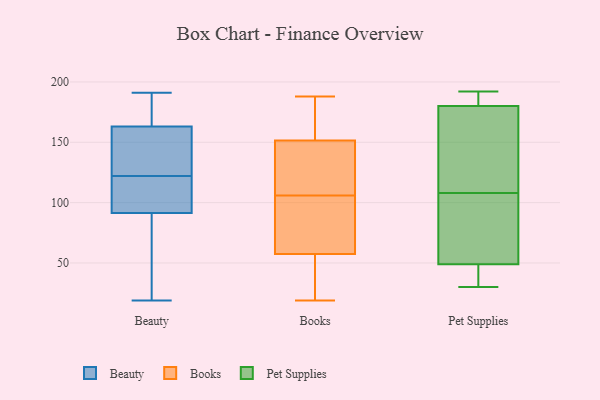
{"axis": {"x": "Waste Production (Tons)", "y": "Value"}, "legend": ["Beauty", "Books", "Pet Supplies"], "data": [{"x": "", "y": 119, "type": "Beauty"}, {"x": "", "y": 129, "type": "Beauty"}, {"x": "", "y": 191, "type": "Beauty"}, {"x": "", "y": 83, "type": "Beauty"}, {"x": "", "y": 157, "type": "Beauty"}, {"x": "", "y": 91, "type": "Beauty"}, {"x": "", "y": 19, "type": "Beauty"}, {"x": "", "y": 173, "type": "Beauty"}, {"x": "", "y": 119, "type": "Beauty"}, {"x": "", "y": 43, "type": "Beauty"}, {"x": "", "y": 55, "type": "Beauty"}, {"x": "", "y": 125, "type": "Beauty"}, {"x": "", "y": 109, "type": "Beauty"}, {"x": "", "y": 157, "type": "Beauty"}, {"x": "", "y": 92, "type": "Beauty"}, {"x": "", "y": 175, "type": "Beauty"}, {"x": "", "y": 140, "type": "Beauty"}, {"x": "", "y": 178, "type": "Beauty"}, {"x": "", "y": 169, "type": "Beauty"}, {"x": "", "y": 92, "type": "Beauty"}, {"x": "", "y": 101, "type": "Books"}, {"x": "", "y": 19, "type": "Books"}, {"x": "", "y": 162, "type": "Books"}, {"x": "", "y": 85, "type": "Books"}, {"x": "", "y": 188, "type": "Books"}, {"x": "", "y": 54, "type": "Books"}, {"x": "", "y": 19, "type": "Books"}, {"x": "", "y": 136, "type": "Books"}, {"x": "", "y": 68, "type": "Books"}, {"x": "", "y": 22, "type": "Books"}, {"x": "", "y": 117, "type": "Books"}, {"x": "", "y": 139, "type": "Books"}, {"x": "", "y": 93, "type": "Books"}, {"x": "", "y": 141, "type": "Books"}, {"x": "", "y": 111, "type": "Books"}, {"x": "", "y": 169, "type": "Books"}, {"x": "", "y": 188, "type": "Books"}, {"x": "", "y": 176, "type": "Books"}, {"x": "", "y": 61, "type": "Books"}, {"x": "", "y": 22, "type": "Books"}, {"x": "", "y": 30, "type": "Pet Supplies"}, {"x": "", "y": 49, "type": "Pet Supplies"}, {"x": "", "y": 91, "type": "Pet Supplies"}, {"x": "", "y": 79, "type": "Pet Supplies"}, {"x": "", "y": 133, "type": "Pet Supplies"}, {"x": "", "y": 94, "type": "Pet Supplies"}, {"x": "", "y": 182, "type": "Pet Supplies"}, {"x": "", "y": 180, "type": "Pet Supplies"}, {"x": "", "y": 128, "type": "Pet Supplies"}, {"x": "", "y": 192, "type": "Pet Supplies"}, {"x": "", "y": 183, "type": "Pet Supplies"}, {"x": "", "y": 35, "type": "Pet Supplies"}, {"x": "", "y": 192, "type": "Pet Supplies"}, {"x": "", "y": 119, "type": "Pet Supplies"}, {"x": "", "y": 34, "type": "Pet Supplies"}, {"x": "", "y": 135, "type": "Pet Supplies"}, {"x": "", "y": 97, "type": "Pet Supplies"}, {"x": "", "y": 40, "type": "Pet Supplies"}]}